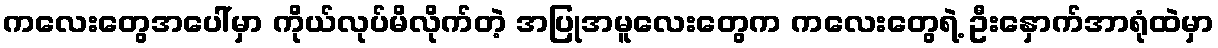
ကလေးတွေအပေါ်မှာ ကိုယ်လုပ်မိလိုက်တဲ့ အပြုအမူလေးတွေက ကလေးတွေရဲ့ ဦးနှောက်အာရုံထဲမှာ